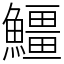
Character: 䲔